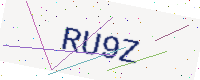
Text: RU9Z